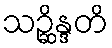
သဉ္ဆိန္ဒတိ